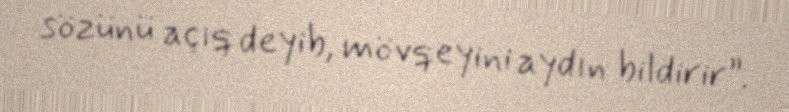
sözünü açıq deyib, mövqeyini aydın bildirir”.